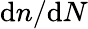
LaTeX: \mathrm{d}n/\mathrm{d}N